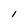
Character: I